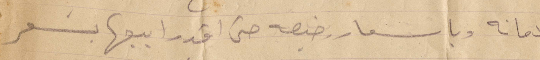
بالأمانة وباسعار رخيصة حتى اقدر ابيعها بسعر